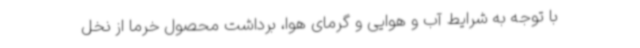
با توجه به شرایط آب و هوایی و گرمای هوا، برداشت محصول خرما از نخل